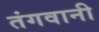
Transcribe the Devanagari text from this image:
तंगवानी